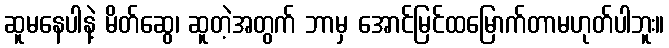
ဆူမနေပါနဲ့ မိတ်ဆွေ၊ ဆူတဲ့အတွက် ဘာမှ အောင်မြင်ထမြောက်တာမဟုတ်ပါဘူး။